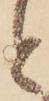
と